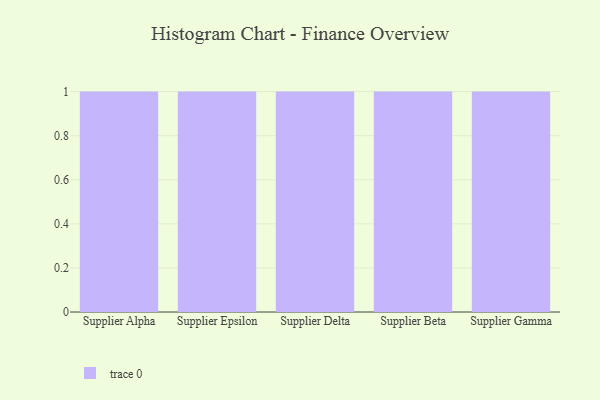
{"axis": {"x": "Supplier", "y": "Shipments"}, "legend": [""], "data": [{"x": "Supplier Alpha", "y": 78, "type": ""}, {"x": "Supplier Epsilon", "y": 62, "type": ""}, {"x": "Supplier Delta", "y": 51, "type": ""}, {"x": "Supplier Beta", "y": 5, "type": ""}, {"x": "Supplier Gamma", "y": 22, "type": ""}]}